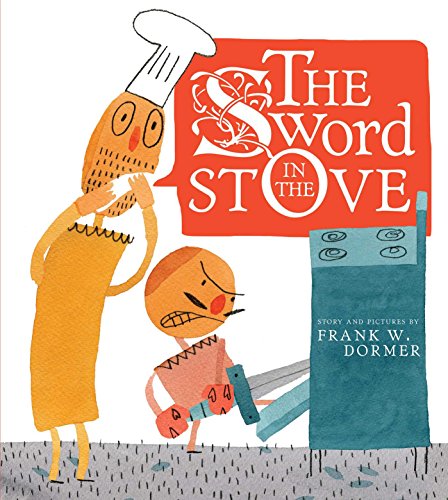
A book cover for The Sword in the Stove; Frank W. Dormer; Children's Books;